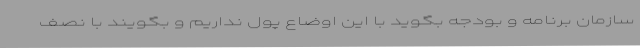
سازمان برنامه و بودجه بگوید با این اوضاع پول نداریم و بگویند با نصف